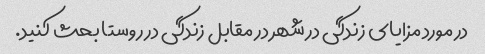
در مورد مزایای زندگی در شهر در مقابل زندگی در روستا بحث کنید.